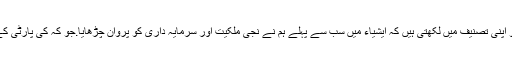
اُسی بهٹو کی بیٹی جوکہ جاگیرداری کے گماشتہ کا کردار ادا کر رہے تھے . محترمہ بینظیر بھٹو اپنی تصنیف میں لکهتی ہیں کہ ایشیاء میں سب سے پہلے ہم نے نجی ملکیت اور سرمایہ داری کو پروان چڑھایا.جو کہ کی پارٹی کے مکمل تضاد پر کهڑا بیان تها.محترمہ بینظیر وزارت عظمی کے منصب پر بھی رہ چکی تھیں۔